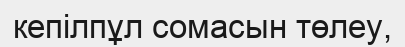
кепілпұл сомасын төлеу,